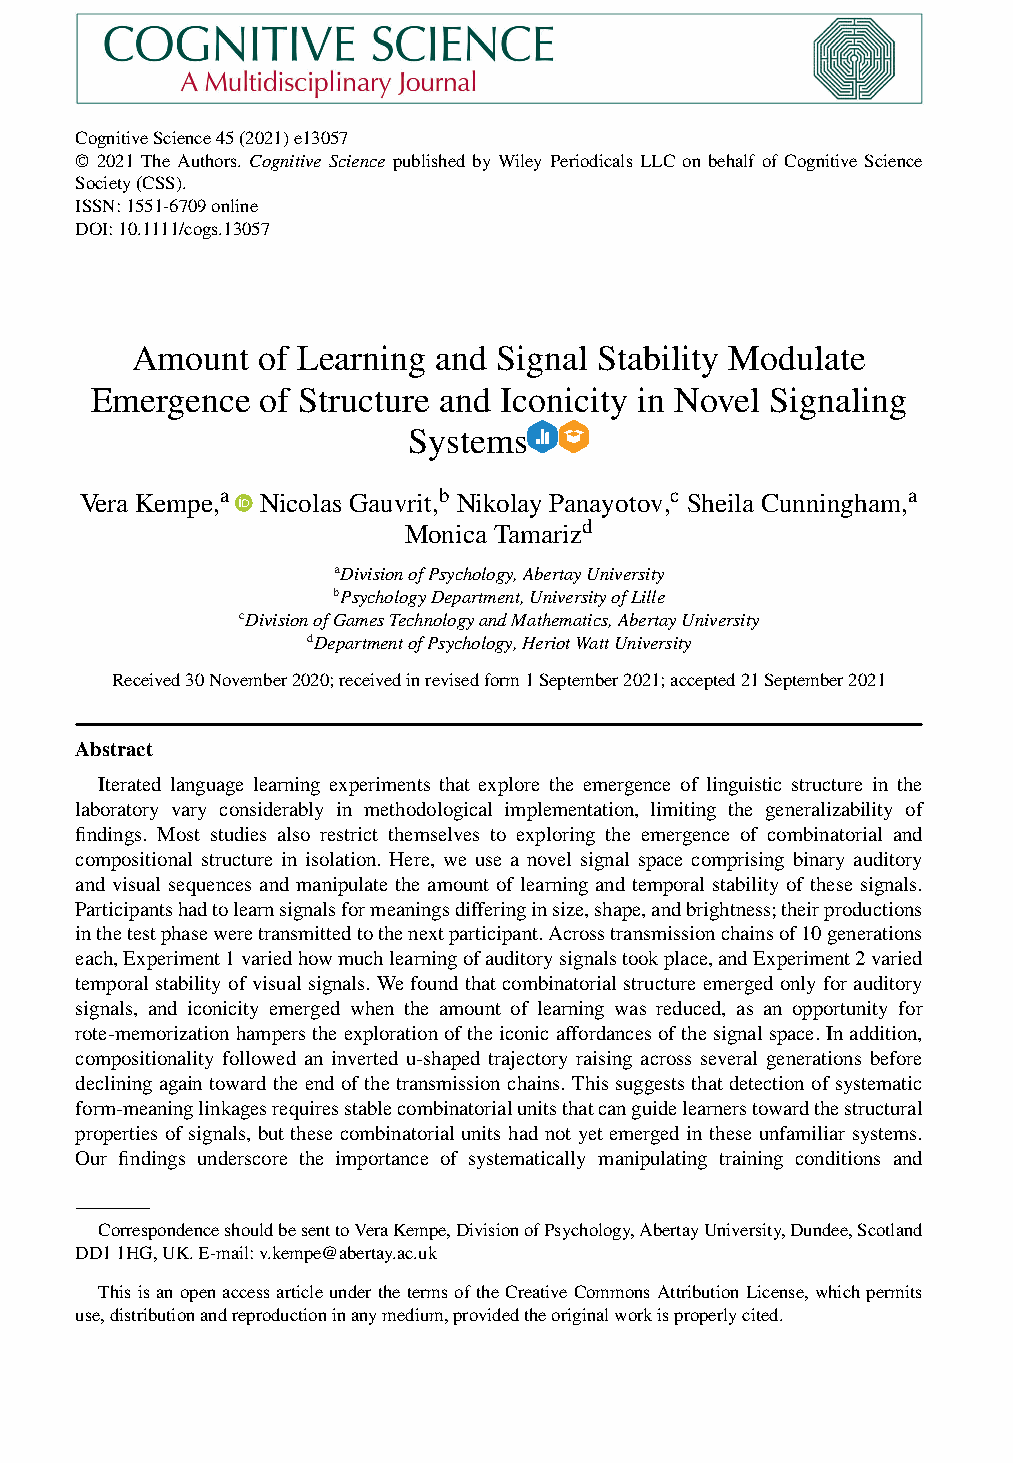
CognitiveScience45(2021)e13057
 © 2021 The Authors. Cognitive Science published by Wiley Periodicals LLC on behalf of Cognitive Science
 Society(CSS).
 ISSN:1551-6709online
 DOI:10.1111/cogs.13057
 Amount  of Learning and Signal Stability Modulate
 Emergence  of Structure and Iconicity in Novel Signaling
 Systems
 Vera Kempe,a Nicolas Gauvrit,b Nikolay Panayotov,c Sheila Cunningham,a
 Monica Tamarizd
 aDivisionofPsychology,AbertayUniversity
 bPsychologyDepartment,UniversityofLille
 cDivisionofGamesTechnologyandMathematics,AbertayUniversity
 dDepartmentofPsychology,HeriotWattUniversity
 Received30November2020;receivedinrevisedform1September2021;accepted21September2021
 Abstract
 Iterated language learning experiments that explore the emergence of linguistic structure in the
 laboratory vary considerably in methodological implementation, limiting the generalizability of
 findings. Most studies also restrict themselves to exploring the emergence of combinatorial and
 compositional structure in isolation. Here, we use a novel signal space comprising binary auditory
 and visual sequences and manipulate the amount of learning and temporal stability of these signals.
 Participantshadtolearnsignalsformeaningsdifferinginsize,shape,andbrightness;theirproductions
 inthetestphaseweretransmittedtothenextparticipant.Acrosstransmissionchainsof10generations
 each,Experiment1variedhowmuchlearningofauditorysignalstookplace,andExperiment2varied
 temporalstabilityofvisualsignals.Wefoundthatcombinatorialstructureemergedonlyforauditory
 signals, and iconicity emerged when the amount of learning was reduced, as an opportunity for
 rote-memorizationhamperstheexplorationoftheiconicaffordancesofthesignalspace.Inaddition,
 compositionality followed an inverted u-shaped trajectory raising across several generations before
 declining again toward theend ofthe transmissionchains. Thissuggests thatdetection ofsystematic
 form-meaninglinkagesrequiresstablecombinatorialunitsthatcanguidelearnerstowardthestructural
 properties of signals, but these combinatorial units had not yet emerged in these unfamiliar systems.
 Our findings underscore the importance of systematically manipulating training conditions and
 CorrespondenceshouldbesenttoVeraKempe,DivisionofPsychology,AbertayUniversity,Dundee,Scotland
 DD11HG,UK.E-mail:v.kempe@abertay.ac.uk
 ThisisanopenaccessarticleunderthetermsoftheCreativeCommonsAttributionLicense,whichpermits
 use,distributionandreproductioninanymedium,providedtheoriginalworkisproperlycited.